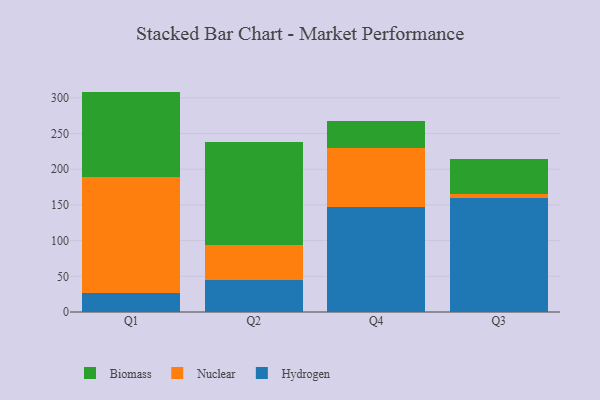
{"axis": {"x": "Quarter", "y": "Production Output"}, "legend": ["Biomass", "Hydrogen", "Nuclear"], "data": [{"x": "Q1", "y": 26.7, "type": "Hydrogen"}, {"x": "Q1", "y": 162.2, "type": "Nuclear"}, {"x": "Q1", "y": 119.8, "type": "Biomass"}, {"x": "Q2", "y": 44.8, "type": "Hydrogen"}, {"x": "Q2", "y": 48.4, "type": "Nuclear"}, {"x": "Q2", "y": 144.5, "type": "Biomass"}, {"x": "Q4", "y": 147.6, "type": "Hydrogen"}, {"x": "Q4", "y": 82.4, "type": "Nuclear"}, {"x": "Q4", "y": 38.1, "type": "Biomass"}, {"x": "Q3", "y": 159.6, "type": "Hydrogen"}, {"x": "Q3", "y": 6.0, "type": "Nuclear"}, {"x": "Q3", "y": 48.5, "type": "Biomass"}]}